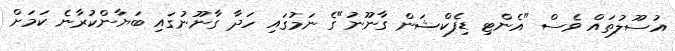
އުސޫލުތައް ވެސް "އެންޓި ޑިފެކްޝަން ގާނޫނު"ގެ ނަމުގައި ހަދާ ގާނޫނުގައި ބަޔާންކުރާނެ ކަމަށް